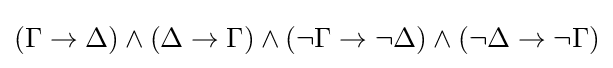
(\Gamma \to \Delta )\land (\Delta \to \Gamma )\land (\lnot \Gamma \to \lnot \Delta )\land (\lnot \Delta \to \lnot \Gamma )